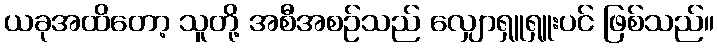
ယခုအထိတော့ သူတို့ အစီအစဉ်သည် လျှောရှူရှူးပင် ဖြစ်သည်။